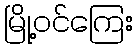
မြို့ဝင်ကြေး